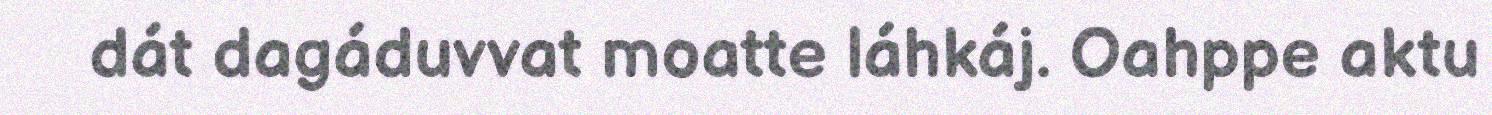
dát dagáduvvat moatte láhkáj. Oahppe aktu